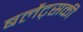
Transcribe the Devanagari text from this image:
बर्लेट्सकी